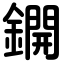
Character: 鐦